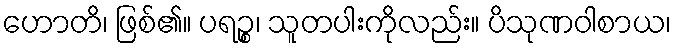
ဟောတိ၊ ဖြစ်၏။ ပရဉ္စ၊ သူတပါးကိုလည်း။ ပိသုဏဝါစာယ၊